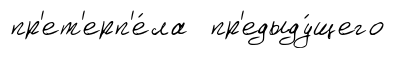
пр'ет'ерп'е́ла пр'едыду́щего